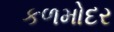
કળમોદર